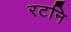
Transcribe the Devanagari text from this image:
रटनि